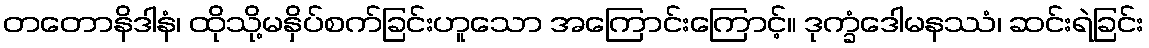
တတောနိဒါနံ၊ ထိုသို့မနှိပ်စက်ခြင်းဟူသော အကြောင်းကြောင့်။ ဒုက္ခံဒေါမနဿံ၊ ဆင်းရဲခြင်း